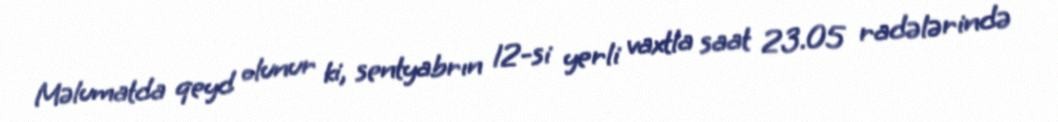
Məlumatda qeyd olunur ki, sentyabrın 12-si yerli vaxtla saat 23.05 radələrində